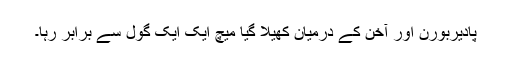
پادیربورن اور آخن کے درمیان کھیلا گیا میچ ایک ایک گول سے برابر رہا۔